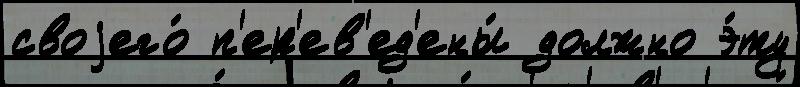
своjего́ п'ер'ев'ед'ены́ должно э́ту